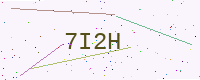
Text: 7I2H